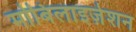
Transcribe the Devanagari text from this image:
मोबिलाइज़ेशन